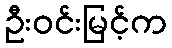
ဦးဝင်းမြင့်က